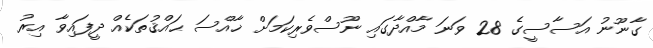
ގާނޫނު އަސާސީގެ 28 ވަނަ މާއްދާގައި ނޫސްވެރިކަމަށް ޚާއްސަ ޙައްޤުތަކެއް ދީފައިވާ އިރު